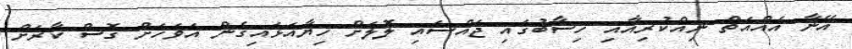
އޭނާ އެއްއަތް ނިއްކުރިއާއި ހިސާބުގައި ޖައްސައި ލޮލަށް ހިޔާއަޅައިގެން އަވަހަށް ގޮސް ކާރަށް